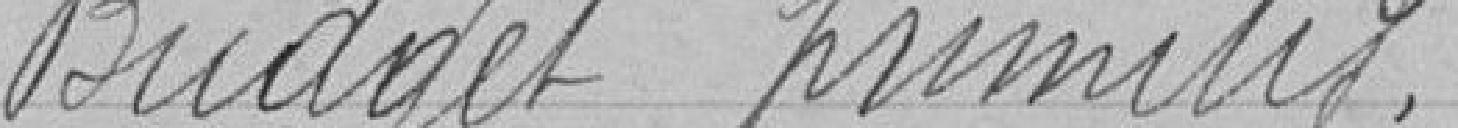
Budget primitif